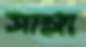
সাম্‌লা